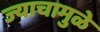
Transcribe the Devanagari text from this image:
ज्याचामुळे